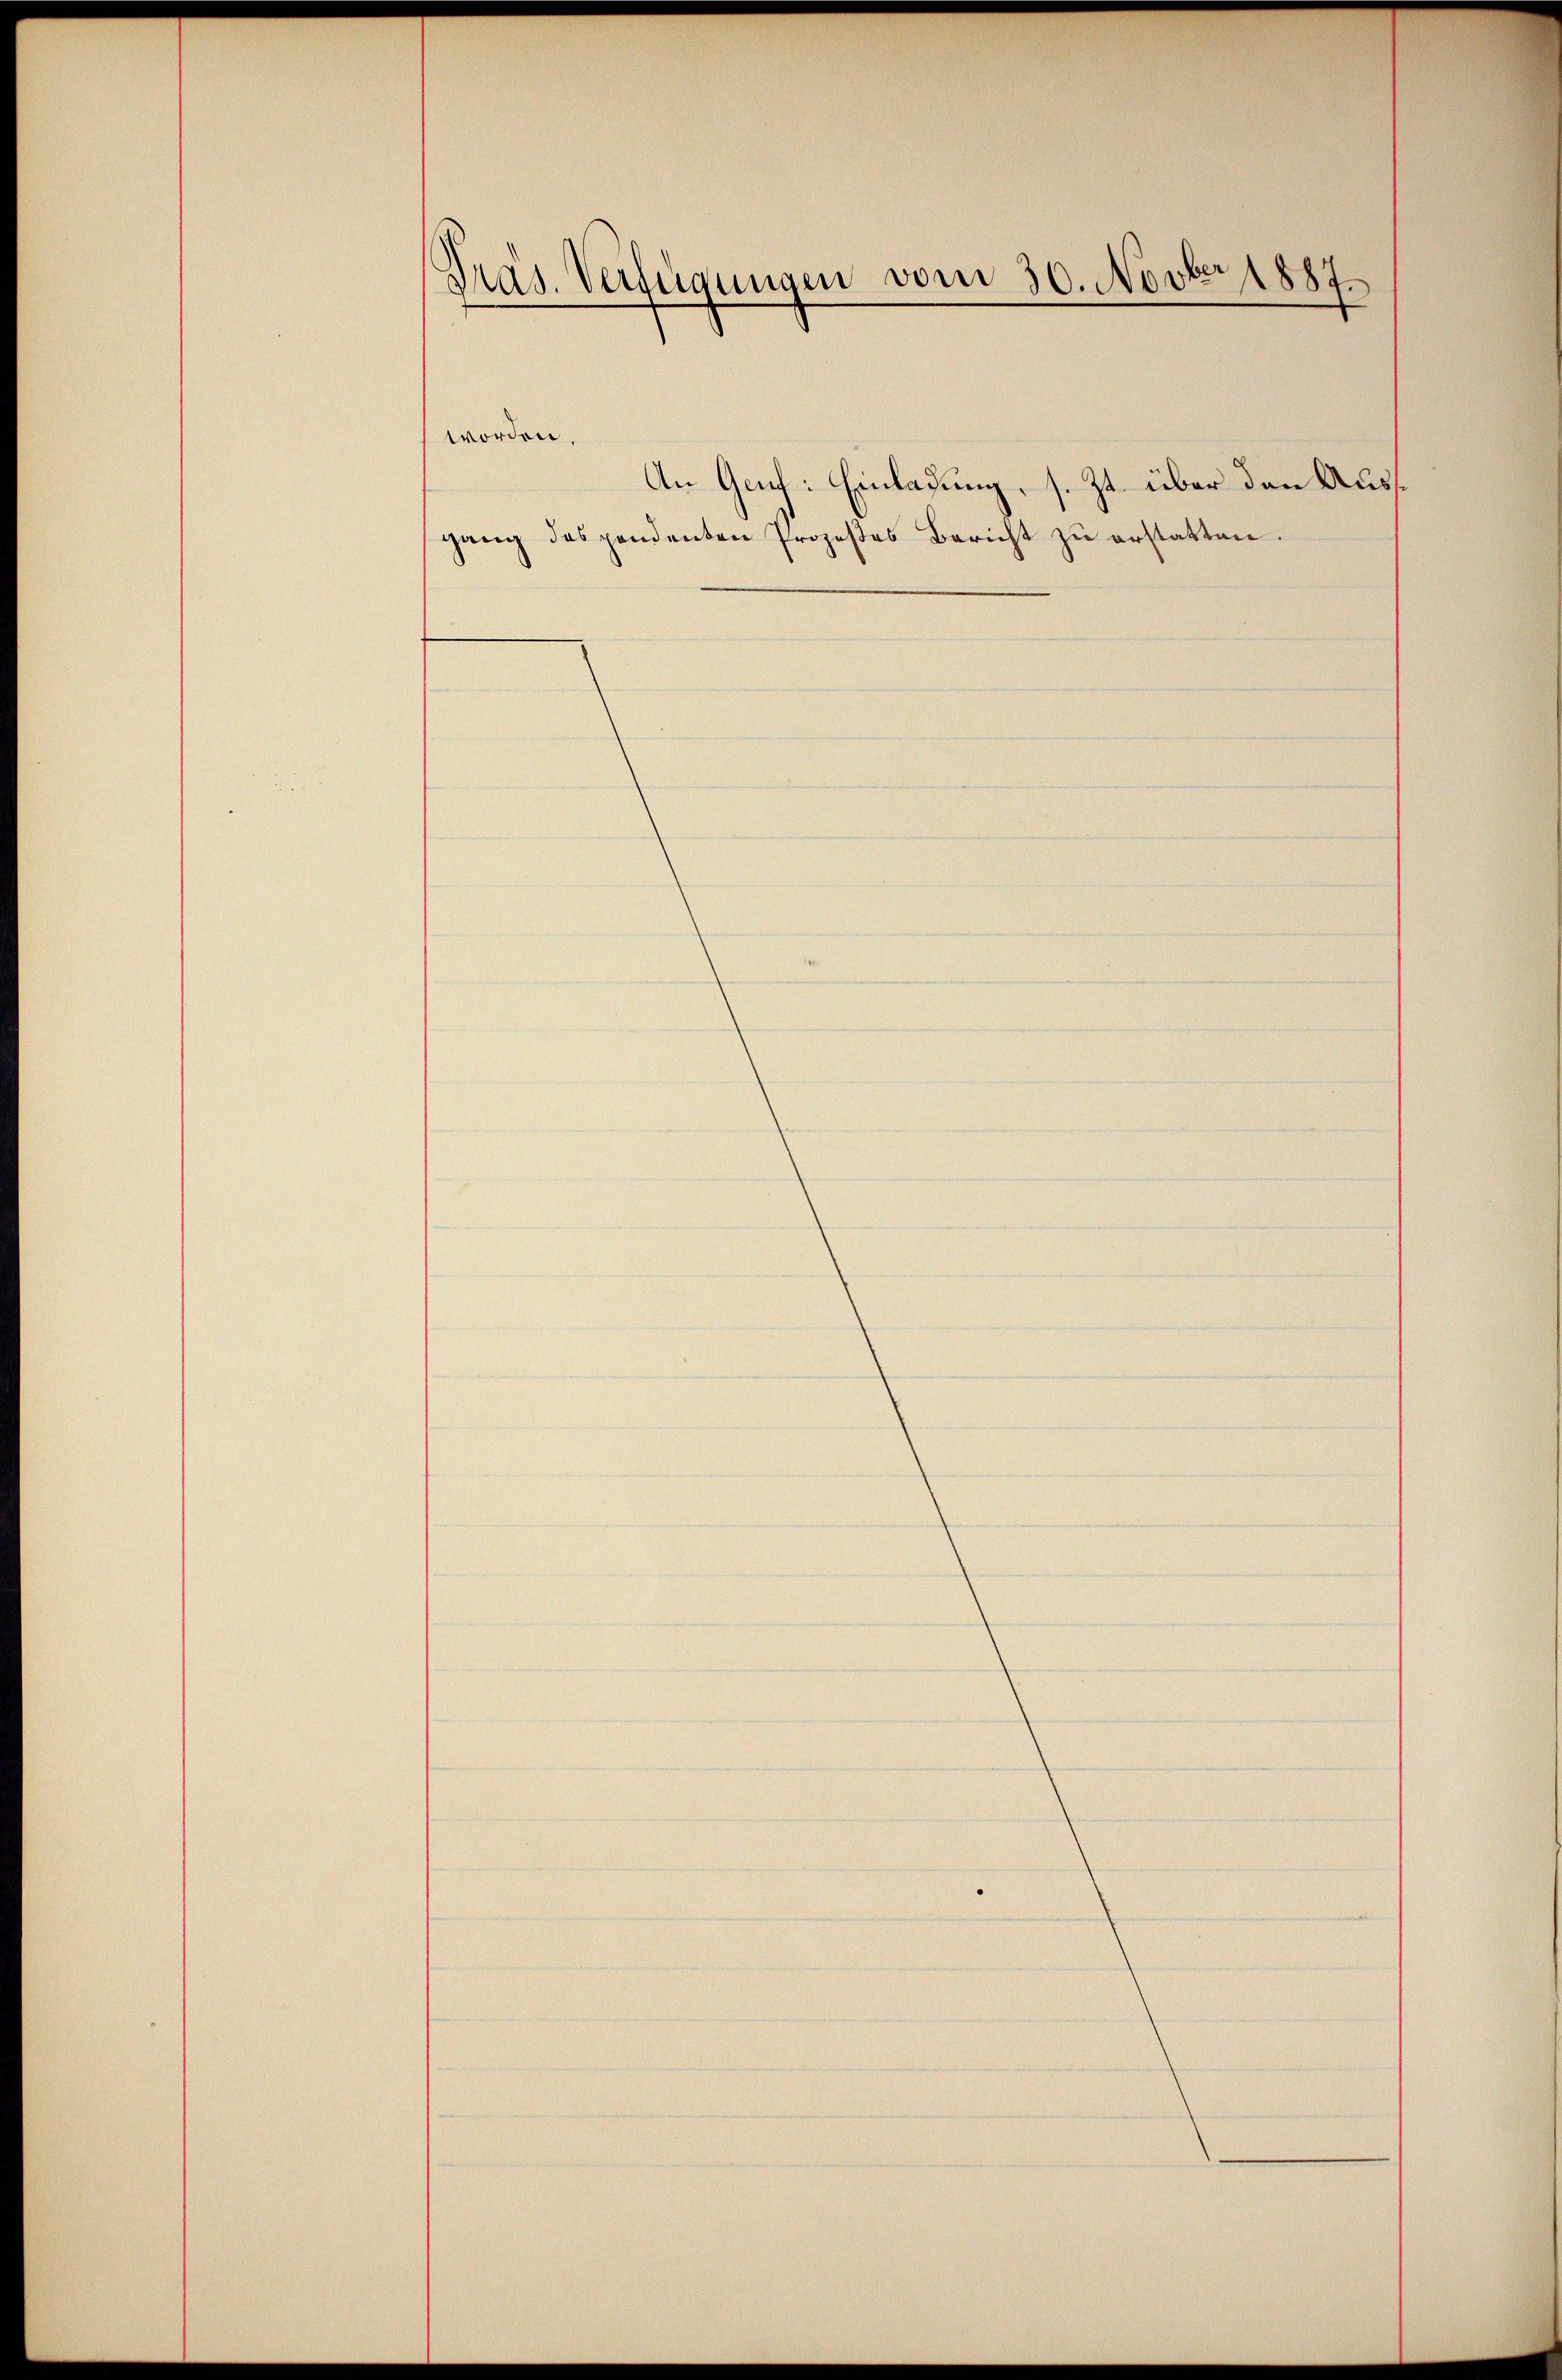
Präs. Verfügungen vom 30. Novber 1887.

worden.

gang des pendenten Prozeßes Bericht zŭ erstatten.

An Gech: Einladung, s. Zt. über den Aus¬